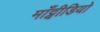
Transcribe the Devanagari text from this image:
माँट्वीडियो